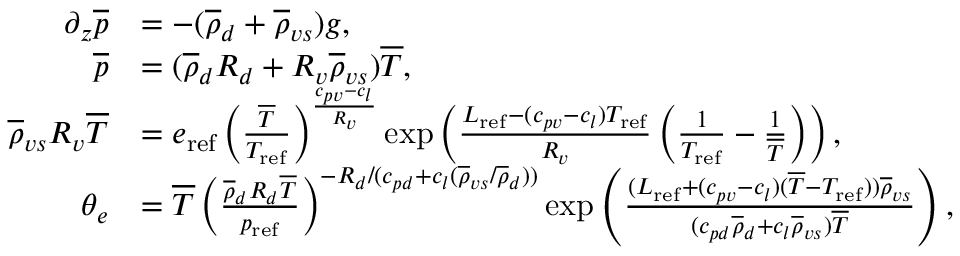
\begin{array} { r l } { \partial _ { z } \overline { { p } } } & { = - ( \overline { { \rho } } _ { d } + \overline { { \rho } } _ { v s } ) g , } \\ { \overline { { p } } } & { = ( \overline { { \rho } } _ { d } R _ { d } + R _ { v } \overline { { \rho } } _ { v s } ) \overline { { T } } , } \\ { \overline { { \rho } } _ { v s } R _ { v } \overline { { T } } } & { = e _ { \mathrm { r e f } } \left( \frac { \overline { { T } } } { T _ { \mathrm { r e f } } } \right) ^ { \frac { c _ { p v } - c _ { l } } { R _ { v } } } \exp \left( \frac { L _ { \mathrm { r e f } } - ( c _ { p v } - c _ { l } ) T _ { \mathrm { r e f } } } { R _ { v } } \left( \frac { 1 } { T _ { \mathrm { r e f } } } - \frac { 1 } { \overline { { T } } } \right) \right) , } \\ { \theta _ { e } } & { = \overline { { T } } \left( \frac { \overline { { \rho } } _ { d } R _ { d } \overline { { T } } } { p _ { \mathrm { r e f } } } \right) ^ { - R _ { d } / ( c _ { p d } + c _ { l } ( \overline { { \rho } } _ { v s } / \overline { { \rho } } _ { d } ) ) } \exp \left( \frac { ( L _ { \mathrm { r e f } } + ( c _ { p v } - c _ { l } ) ( \overline { { T } } - T _ { \mathrm { r e f } } ) ) \overline { { \rho } } _ { v s } } { ( c _ { p d } \overline { { \rho } } _ { d } + c _ { l } \overline { { \rho } } _ { v s } ) \overline { { T } } } \right) , } \end{array}